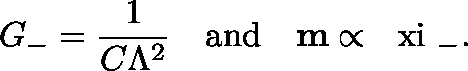
G _ { - } = \frac { 1 } { C \Lambda ^ { 2 } } \quad \mathrm { a n d } \quad { \bf m } \propto \mathrm { \boldmath ~ \ x i ~ } _ { - } .